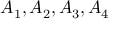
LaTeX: A _ { 1 } , A _ { 2 } , A _ { 3 } , A _ { 4 }